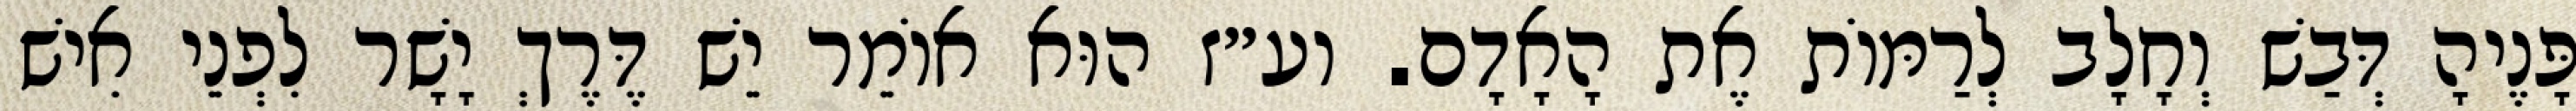
פָּנֶיהָ דְּבַשׁ וְחָלָב לְרַמּוֹת אֶת הָאָדָם. וע״ז הוּא אוֹמֵר יֵשׁ דֶּרֶךְ יָשָׁר לִפְנֵי אִישׁ